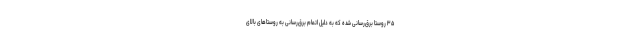
۳۵ روستا برق‌رسانی شده که به دلیل اتمام برق‌رسانی به روستا‌های بالای